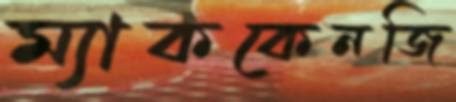
ম্যাককেনজি